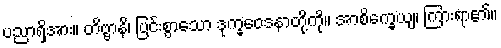
ပညာရှိအား။ တိဗ္ဗာနိ၊ ပြင်းစွာသော ဒုက္ခဝေဒနာတို့ကို။ အာစိက္ခေယျ၊ ကြားရာ၏။